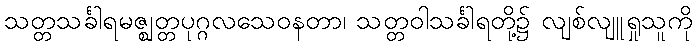
သတ္တသင်္ခါရမဇ္ဈတ္တပုဂ္ဂလသေဝနတာ၊ သတ္တဝါသင်္ခါရတို့၌ လျစ်လျူရှုသူကို